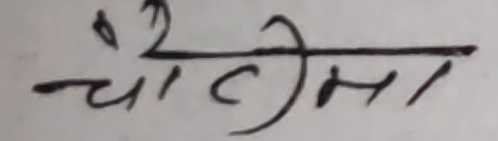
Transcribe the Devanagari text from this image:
चैटीमा